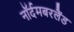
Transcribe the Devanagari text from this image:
नॉर्दमबरलैंड